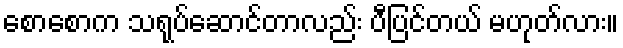
စောစောက သရုပ်ဆောင်တာလည်း ပီပြင်တယ် မဟုတ်လား။